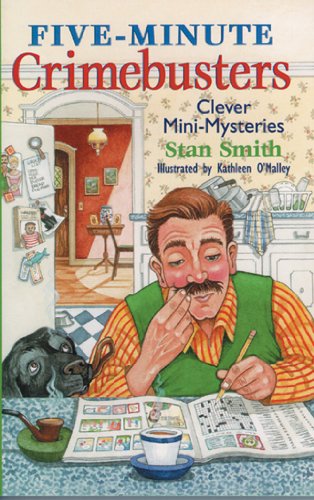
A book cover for Five-Minute Crimebusters: Clever Mini-Mysteries; Stan Smith; Teen & Young Adult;